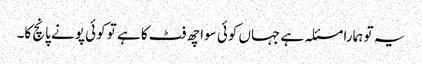
یہ تو ہمارا مسئلہ ہے جہاں کوئی سوا چھ فٹ کا ہے تو کوئی پونے پانچ کا۔